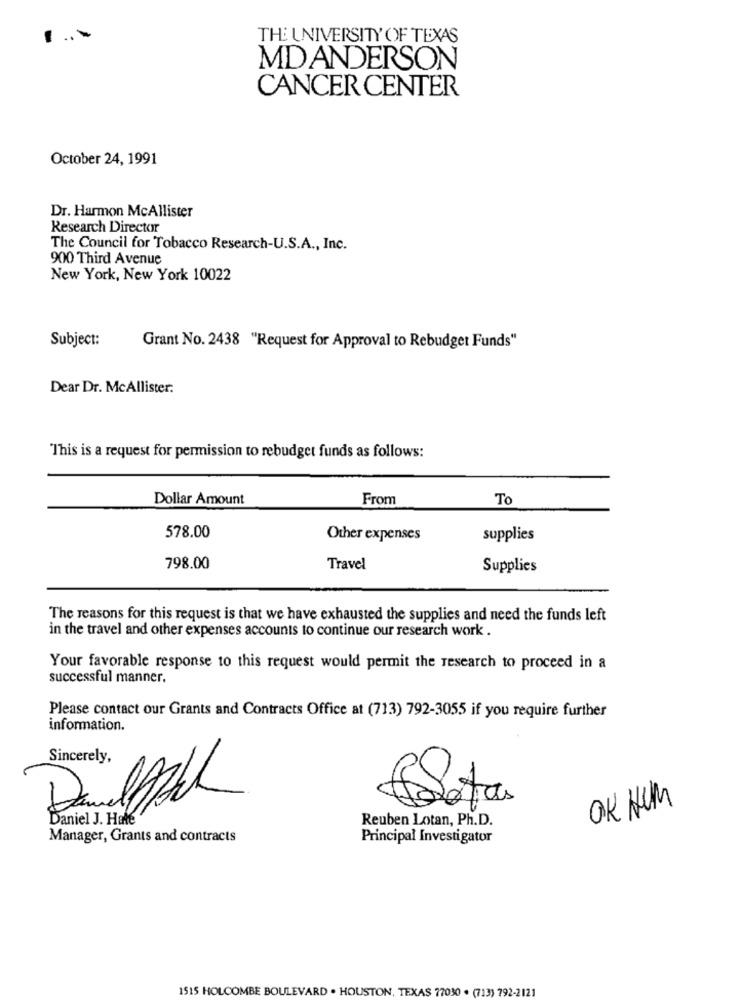
THE UNIVERSITY OF TEXAS
MD ANDERSON
CANCER CENTER
October 24, 1991
Dr. Harmon McAllister
Research Director
The Council for Tobacco Research-U.S.A ., Inc.
900 Third Avenue
New York, New York 10022
Subject:
Grant No. 2438 "Request for Approval to Rebudget Funds"
Dear Dr. McAllister:
This is a request for permission to rebudget funds as follows:
Dollar Amount
From
To
578.00
Other expenses
supplies
798.00
Travel
Supplies
The reasons for this request is that we have exhausted the supplies and need the funds left
in the travel and other expenses accounts to continue our research work .
Your favorable response to this request would permit the research to proceed in a
successful manner.
Please contact our Grants and Contracts Office at (713) 792-3055 if you require further
information.
Sincerely,
OK HUM
-
Seta
Daniel J. Hale
Reuben Lotan, Ph.D.
Manager, Grants and contracts
Principal Investigator
1515 HOLCOMBE BOULEVARD . HOUSTON, TEXAS 77030 . (713) 792-2121